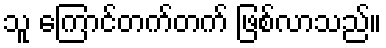
သူ ကြောင်တက်တက် ဖြစ်လာသည်။